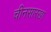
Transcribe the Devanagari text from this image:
चीनसारखा